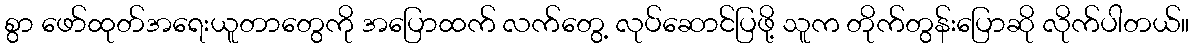
စွာ ဖော်ထုတ်အရေးယူတာတွေကို အပြောထက် လက်တွေ့ လုပ်ဆောင်ပြဖို့ သူက တိုက်တွန်းပြောဆို လိုက်ပါတယ်။